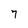
Character: 7